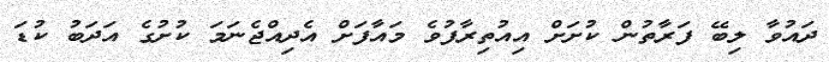
ދައުވާ ލިބޭ ފަރާތުން ކުށަށް އިއުތިރާފުވެ މައާފަށް އެދިއްޖެނަމަ ކުށުގެ އަދަބު ކުޑަ